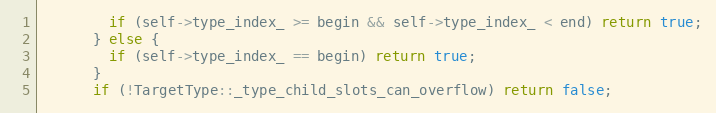
Language: C
        if (self->type_index_ >= begin && self->type_index_ < end) return true;
      } else {
        if (self->type_index_ == begin) return true;
      }
      if (!TargetType::_type_child_slots_can_overflow) return false;